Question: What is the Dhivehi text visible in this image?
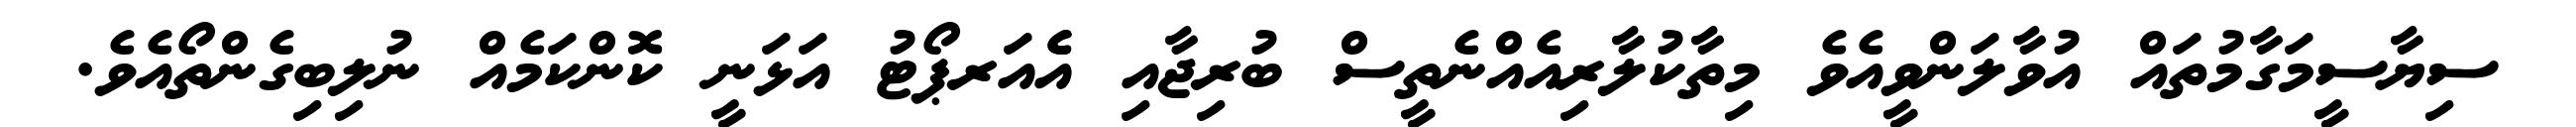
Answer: ސިޔާސީމަގާމުތައް އުވާލަންވީއެވެ މިތާކުލާރިއެއްނެތީސް ބުރިޖާއި އެެއަރޕޯޓު އަޅަނީ ކޮންކަމެއް ނުލިބިގެންތޯއެވެ.